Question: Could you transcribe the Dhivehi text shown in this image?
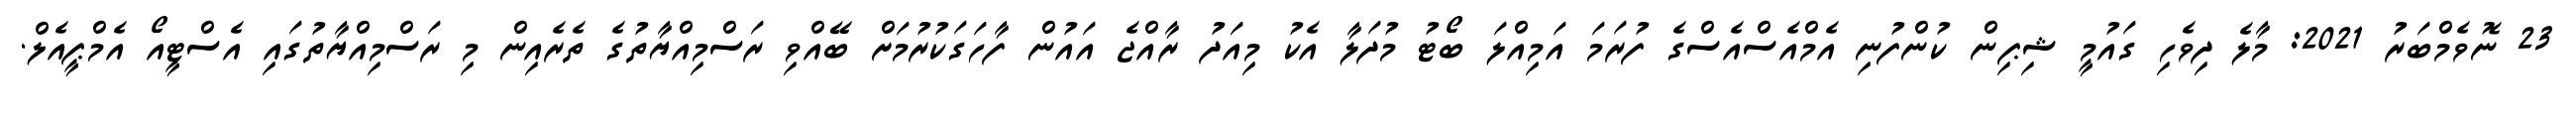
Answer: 23 ނޮވެމްބަރު 2021: މާލެ ދިވެހި ގައުމީ ޝިޕިން ކުންފުނި އެމްއެސްއެސްގެ ފުރަމަ އަމިއްލަ ބޯޓު މުދަލާ އެކު މިއަދު ރާއްޖެ އައުން ފާހަގަކުރުމަށް ބޭއްވި ރަސްމިއްޔާތުގެ ތެރެއިން މި ރަސްމިއްޔާތުގައި އެސްޓީއޯ އެމްޕީއެލް.